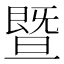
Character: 暨